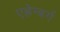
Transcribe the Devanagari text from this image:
एह्रेन्बर्ग